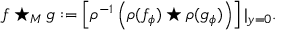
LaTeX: f \star _ { M } g : = \left[ \rho ^ { - 1 } \left( \rho ( f _ { \phi } ) \star \rho ( g _ { \phi } ) \right) \right] | _ { y = 0 } .